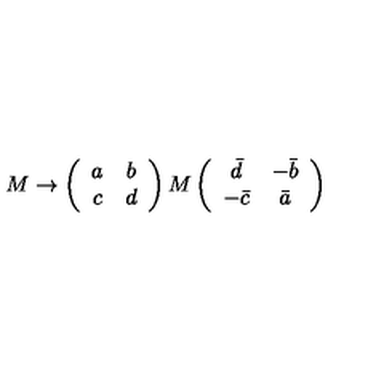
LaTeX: M \rightarrow \left( \begin{array} { c c } { a } & { b } \\ { c } & { d } \\ \end{array} \right) M \left( \begin{array} { c c } { \bar { d } } & { - \bar { b } } \\ { - \bar { c } } & { \bar { a } } \\ \end{array} \right)